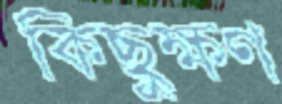
কিছুক্ষণ